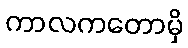
ကာလကတောမှိ